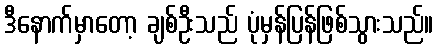
ဒီနောက်မှာတော့ ချစ်ဦးသည် ပုံမှန်ပြန်ဖြစ်သွားသည်။